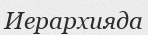
Иерархияда